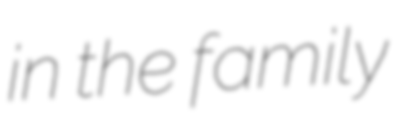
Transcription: in the family